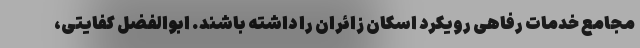
مجامع خدمات رفاهی رویکرد اسکان زائران را داشته باشند. ابوالفضل کفایتی،